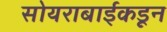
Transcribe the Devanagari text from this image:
सोयराबाईकडून